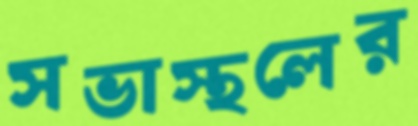
সভাস্থলের